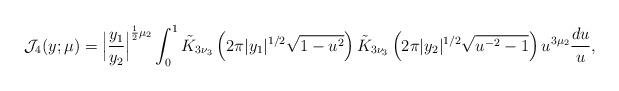
LaTeX: \begin{align*} \mathcal{J}_{4}(y; \mu) = \Bigl| \frac{y_1}{y_2}\Bigr|^{\frac{1}{2}\mu_2} \int_0^1 \tilde{K}_{3\nu_3 }\left(2\pi |y_1|^{1/2}\sqrt{1-u^2}\right) \tilde{K}_{3\nu_3}\left(2\pi |y_2|^{1/2}\sqrt{u^{-2}-1}\right) u^{3\mu_2} \frac{du}{u}, \end{align*}